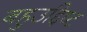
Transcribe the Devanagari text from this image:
बहुउद्दिष्ट